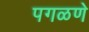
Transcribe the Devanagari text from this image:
पगळणे